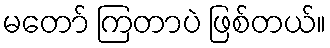
မတော် ကြတာပဲ ဖြစ်တယ်။